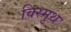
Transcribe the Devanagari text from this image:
विस्मुथ